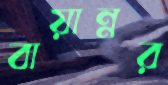
বায়ান্নর